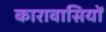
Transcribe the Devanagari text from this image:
कारावासियों